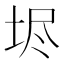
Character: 𡋤